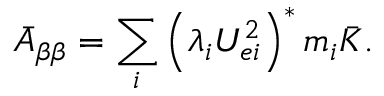
\bar { A } _ { \beta \beta } = \sum _ { i } \left( \lambda _ { i } U _ { e i } ^ { 2 } \right) ^ { * } m _ { i } \bar { K } .